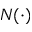
N ( \cdot )